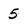
Character: 5